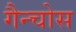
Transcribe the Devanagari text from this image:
गैन्चोस